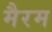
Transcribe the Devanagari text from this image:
मैरम